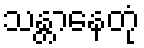
သန္တာနေတုံ